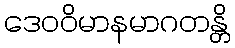
ဒေဝဝိမာနမာဂတန္တိ